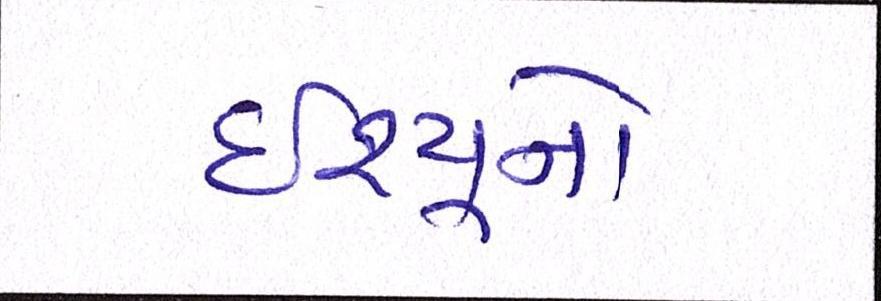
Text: ઇશ્યૂનો